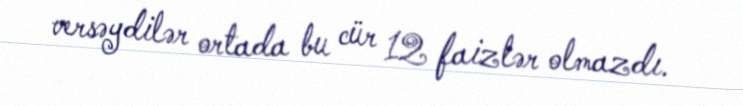
versəydilər ortada bu cür 12 faizlər olmazdı.